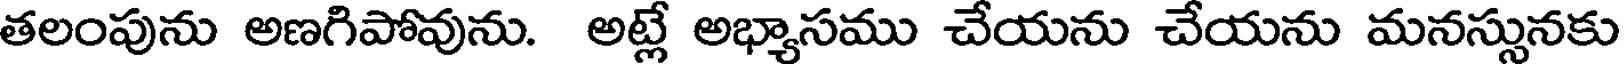
తలంపును అణగిపోవును. అట్లే అభ్యాసము చేయను చేయను మనస్సునకు